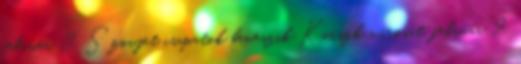
február 8. Szovjet csapatok beveszik Kurszk városát. február 9.